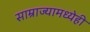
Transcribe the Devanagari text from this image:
साम्राज्यामध्येही